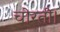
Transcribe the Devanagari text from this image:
चोरती।